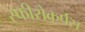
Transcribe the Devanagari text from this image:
स्फीरोकर्पस